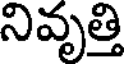
నివృత్తి